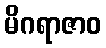
မိဂရာဇာဝ